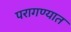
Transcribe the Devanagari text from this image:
परागण्यात